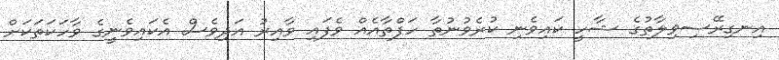
އިނގިރޭސިވިލާތުގެ ޝާހީ ކައިވެނި ކުރެވުނުތާ ހަފްތާއެއް ވެފައި ވާއިރު އަދިވެސް އެކައިވެނީގެ ވާހަކަތަކަށް